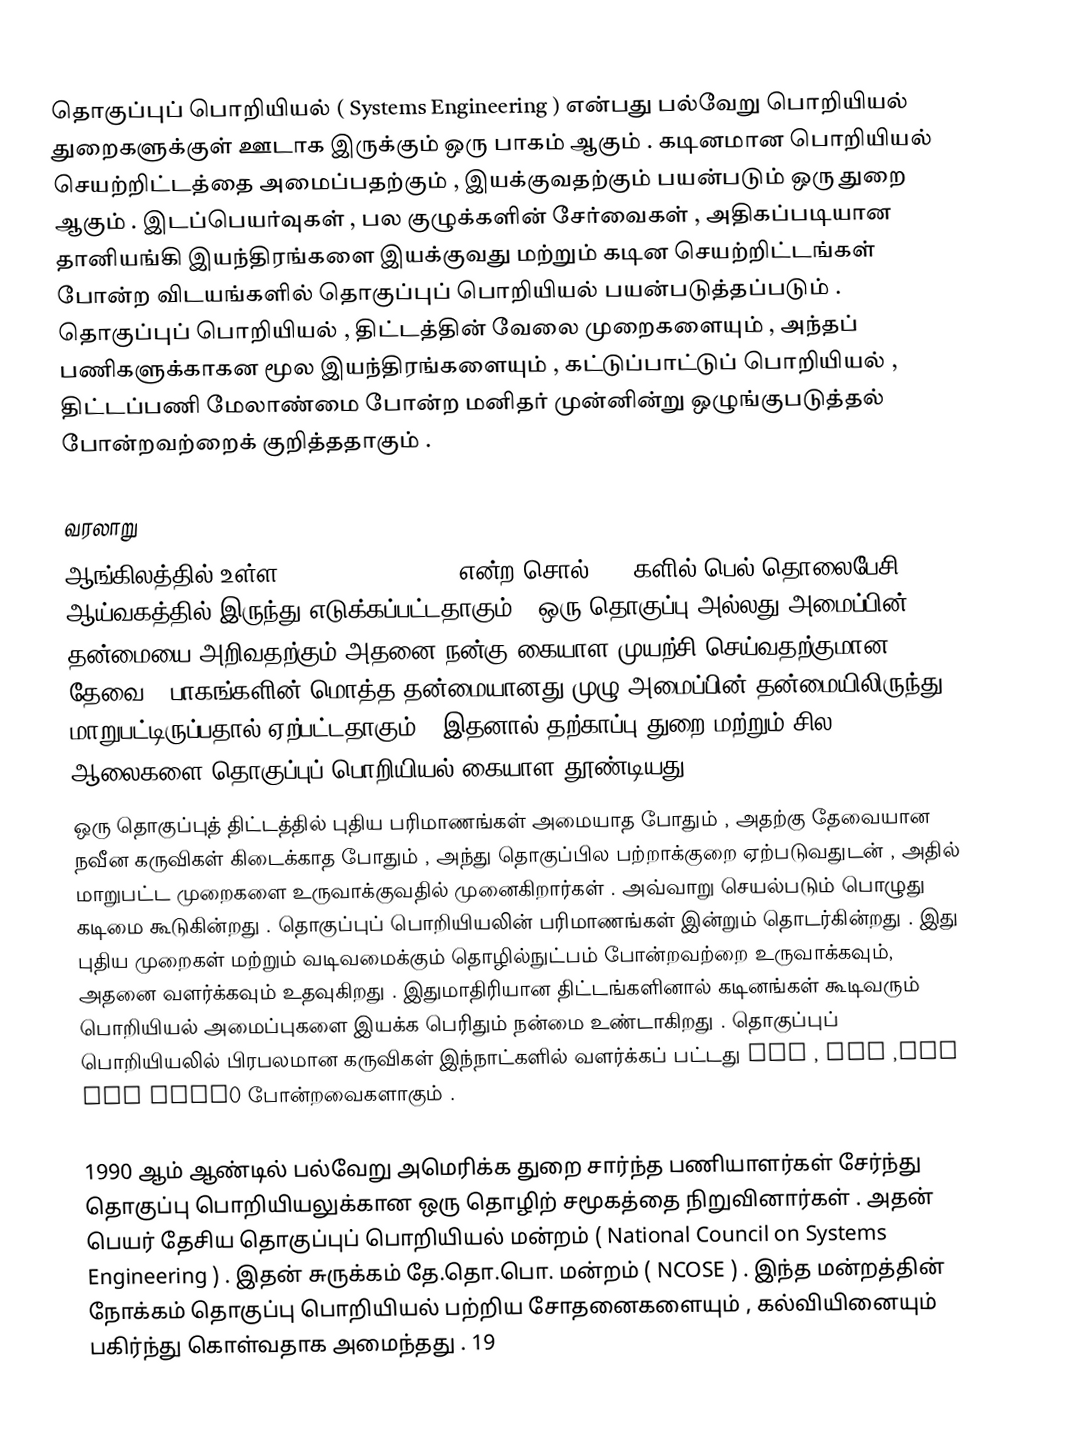
தொகுப்புப் பொறியியல் ( Systems Engineering ) என்பது பல்வேறு பொறியியல் துறைகளுக்குள் ஊடாக இருக்கும் ஒரு பாகம் ஆகும் . கடினமான பொறியியல் செயற்றிட்டத்தை அமைப்பதற்கும் , இயக்குவதற்கும் பயன்படும் ஒரு துறை ஆகும் . இடப்பெயர்வுகள் , பல குழுக்களின் சேர்வைகள் , அதிகப்படியான தானியங்கி இயந்திரங்களை இயக்குவது மற்றும் கடின செயற்றிட்டங்கள் போன்ற விடயங்களில் தொகுப்புப் பொறியியல் பயன்படுத்தப்படும் . தொகுப்புப் பொறியியல் , திட்டத்தின் வேலை முறைகளையும் , அந்தப் பணிகளுக்காகன மூல இயந்திரங்களையும் , கட்டுப்பாட்டுப் பொறியியல் , திட்டப்பணி மேலாண்மை போன்ற மனிதர் முன்னின்று ஒழுங்குபடுத்தல் போன்றவற்றைக் குறித்ததாகும் .

வரலாறு
ஆங்கிலத்தில் உள்ள system engineering என்ற சொல் 1940களில் பெல் தொலைபேசி ஆய்வகத்தில் இருந்து எடுக்கப்பட்டதாகும் . ஒரு தொகுப்பு அல்லது அமைப்பின் தன்மையை அறிவதற்கும் அதனை நன்கு கையாள முயற்சி செய்வதற்குமான தேவை , பாகங்களின் மொத்த தன்மையானது முழு அமைப்பின் தன்மையிலிருந்து மாறுபட்டிருப்பதால் ஏற்பட்டதாகும் . இதனால் தற்காப்பு துறை மற்றும் சில ஆலைகளை தொகுப்புப் பொறியியல் கையாள தூண்டியது .
ஒரு தொகுப்புத் திட்டத்தில் புதிய பரிமாணங்கள் அமையாத போதும் , அதற்கு தேவையான நவீன கருவிகள் கிடைக்காத போதும் , அந்து தொகுப்பில பற்றாக்குறை ஏற்படுவதுடன் , அதில் மாறுபட்ட முறைகளை உருவாக்குவதில் முனைகிறார்கள் . அவ்வாறு செயல்படும் பொழுது கடிமை கூடுகின்றது . தொகுப்புப் பொறியியலின் பரிமாணங்கள் இன்றும் தொடர்கின்றது . இது புதிய முறைகள் மற்றும் வடிவமைக்கும் தொழில்நுட்பம் போன்றவற்றை உருவாக்கவும், அதனை வளர்க்கவும் உதவுகிறது . இதுமாதிரியான திட்டங்களினால் கடினங்கள் கூடிவரும் பொறியியல் அமைப்புகளை இயக்க பெரிதும் நன்மை உண்டாகிறது . தொகுப்புப் பொறியியலில் பிரபலமான கருவிகள் இந்நாட்களில் வளர்க்கப் பட்டது USL , UML ,UFD and IDEF0 போன்றவைகளாகும் .

1990 ஆம் ஆண்டில் பல்வேறு அமெரிக்க துறை சார்ந்த பணியாளர்கள் சேர்ந்து தொகுப்பு பொறியியலுக்கான ஒரு தொழிற் சமூகத்தை நிறுவினார்கள் . அதன் பெயர் தேசிய தொகுப்புப் பொறியியல் மன்றம் ( National Council on Systems Engineering ) . இதன் சுருக்கம் தே.தொ.பொ. மன்றம் ( NCOSE ) . இந்த மன்றத்தின் நோக்கம் தொகுப்பு பொறியியல் பற்றிய சோதனைகளையும் , கல்வியினையும் பகிர்ந்து கொள்வதாக அமைந்தது . 19